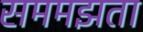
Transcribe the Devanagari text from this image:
सममझता